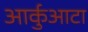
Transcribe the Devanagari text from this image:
आर्कुआटा